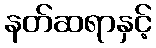
နတ်ဆရာနှင့်